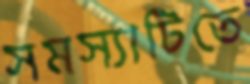
সমস্যাটিতে